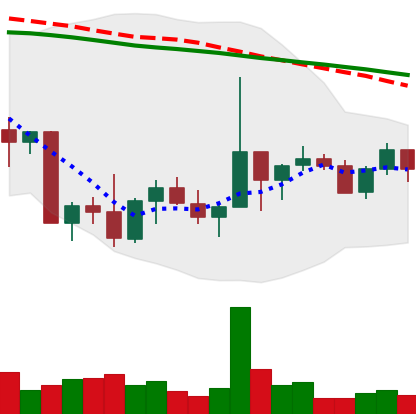
Ticker: NEO-USD
Chart end date: 2022-10-05
Forward return: -6.212%
Label: down_5_7